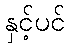
နှင့်ပင်